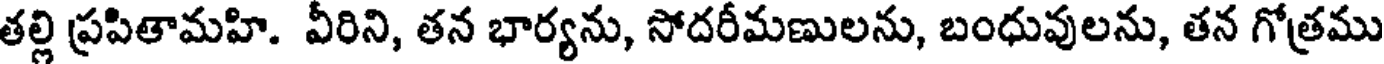
తల్లి ప్రపితామహి. వీరిని, తన భార్యను, సోదరీమణులను, బంధువులను, తన గోత్రము